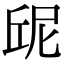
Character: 屔